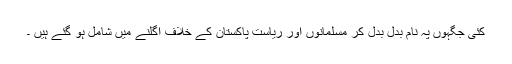
کئی جگہوں پہ نام بدل بدل کر مسلمانوں اور ریاست پاکستان کے خلاف اگلنے میں شامل ہو گئے ہیں ۔